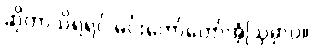
ဆိုတာသိရရင် မင်းတော်တော်အံ့ဩမှာပဲ။